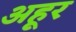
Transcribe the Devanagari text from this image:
अहूर